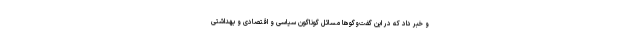
و خبر داد که در این گفت‌وگوها مسائل گوناگون سیاسی و اقتصادی و بهداشتی